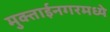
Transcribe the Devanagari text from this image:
मुक्ताईनगरमध्ये